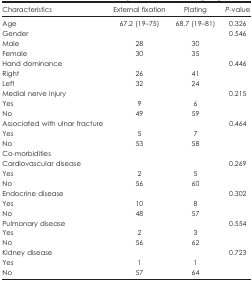
<table><thead><tr><td><b>Characteristics</b></td><td><b>External fixation</b></td><td><b>Plating</b></td><td><b><i>P</i>-value</b></td></tr></thead><tbody><tr><td>Age</td><td>67.2 (19–75)</td><td>68.7 (19–81)</td><td>0.326</td></tr><tr><td>Gender</td><td> </td><td> </td><td>0.546</td></tr><tr><td>Male</td><td>28</td><td>30</td><td> </td></tr><tr><td>Female</td><td>30</td><td>35</td><td> </td></tr><tr><td>Hand dominance</td><td> </td><td> </td><td>0.446</td></tr><tr><td>Right</td><td>26</td><td>41</td><td> </td></tr><tr><td>Left</td><td>32</td><td>24</td><td> </td></tr><tr><td>Medial nerve injury</td><td> </td><td> </td><td>0.215</td></tr><tr><td>Yes</td><td>9</td><td>6</td><td> </td></tr><tr><td>No</td><td>49</td><td>59</td><td> </td></tr><tr><td>Associated with ulnar fracture</td><td> </td><td> </td><td>0.464</td></tr><tr><td>Yes</td><td>5</td><td>7</td><td> </td></tr><tr><td>No</td><td>53</td><td>58</td><td> </td></tr><tr><td>Co-morbidities</td><td> </td><td> </td><td> </td></tr><tr><td>Cardiovascular disease</td><td> </td><td> </td><td>0.269</td></tr><tr><td>Yes</td><td>2</td><td>5</td><td> </td></tr><tr><td>No</td><td>56</td><td>60</td><td> </td></tr><tr><td>Endocrine disease</td><td> </td><td> </td><td>0.302</td></tr><tr><td>Yes</td><td>10</td><td>8</td><td> </td></tr><tr><td>No</td><td>48</td><td>57</td><td> </td></tr><tr><td>Pulmonary disease</td><td> </td><td> </td><td>0.554</td></tr><tr><td>Yes</td><td>2</td><td>3</td><td> </td></tr><tr><td>No</td><td>56</td><td>62</td><td> </td></tr><tr><td>Kidney disease</td><td> </td><td> </td><td>0.723</td></tr><tr><td>Yes</td><td>1</td><td>1</td><td> </td></tr><tr><td>No</td><td>57</td><td>64</td><td> </td></tr></tbody></table>